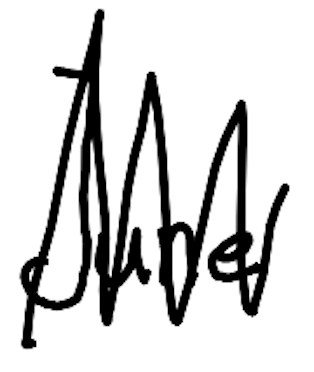
Text: June
Cross-out: zig-zag
Writing tool: digital_black